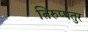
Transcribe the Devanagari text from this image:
तिरुप्पतुर